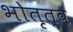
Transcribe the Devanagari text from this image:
भोतृत्व